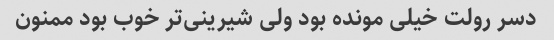
دسر رولت خیلی مونده بود ولی شیرینی‌تر خوب بود ممنون